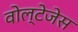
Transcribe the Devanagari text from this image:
वोल्टेजेस